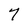
Character: 7